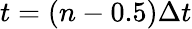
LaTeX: t=(n-0.5)\Delta t